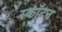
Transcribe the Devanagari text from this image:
स्कॉटन